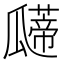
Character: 𰢠